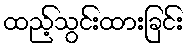
ထည့်သွင်းထားခြင်း